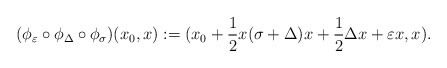
\begin{align*}( \phi_\varepsilon \circ \phi_\Delta \circ \phi_\sigma )( x_0, x ) := ( x_0 + \frac{1}{2} x (\sigma + \Delta) x+ \frac{1}{2} \Delta x+ \varepsilon x, x ).\end{align*}